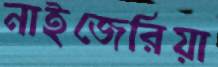
নাইজেরিয়া